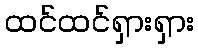
ထင်ထင်ရှားရှား